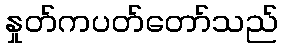
နှုတ်ကပတ်တော်သည်